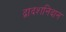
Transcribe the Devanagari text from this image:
द्वादशनिदान